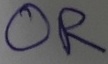
Text: OR